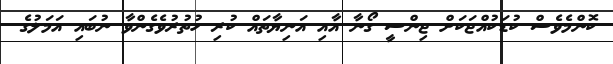
ކޮންމެވެސް ކުޑަކުއްޖަކަށް ޖިންސީ ގޯނާ އާއި އަނިޔާތައް ކުރި ހުތުރުވެގެންވާ ނުބައި އަމަލުގެ